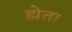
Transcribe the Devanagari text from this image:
ह्मेता